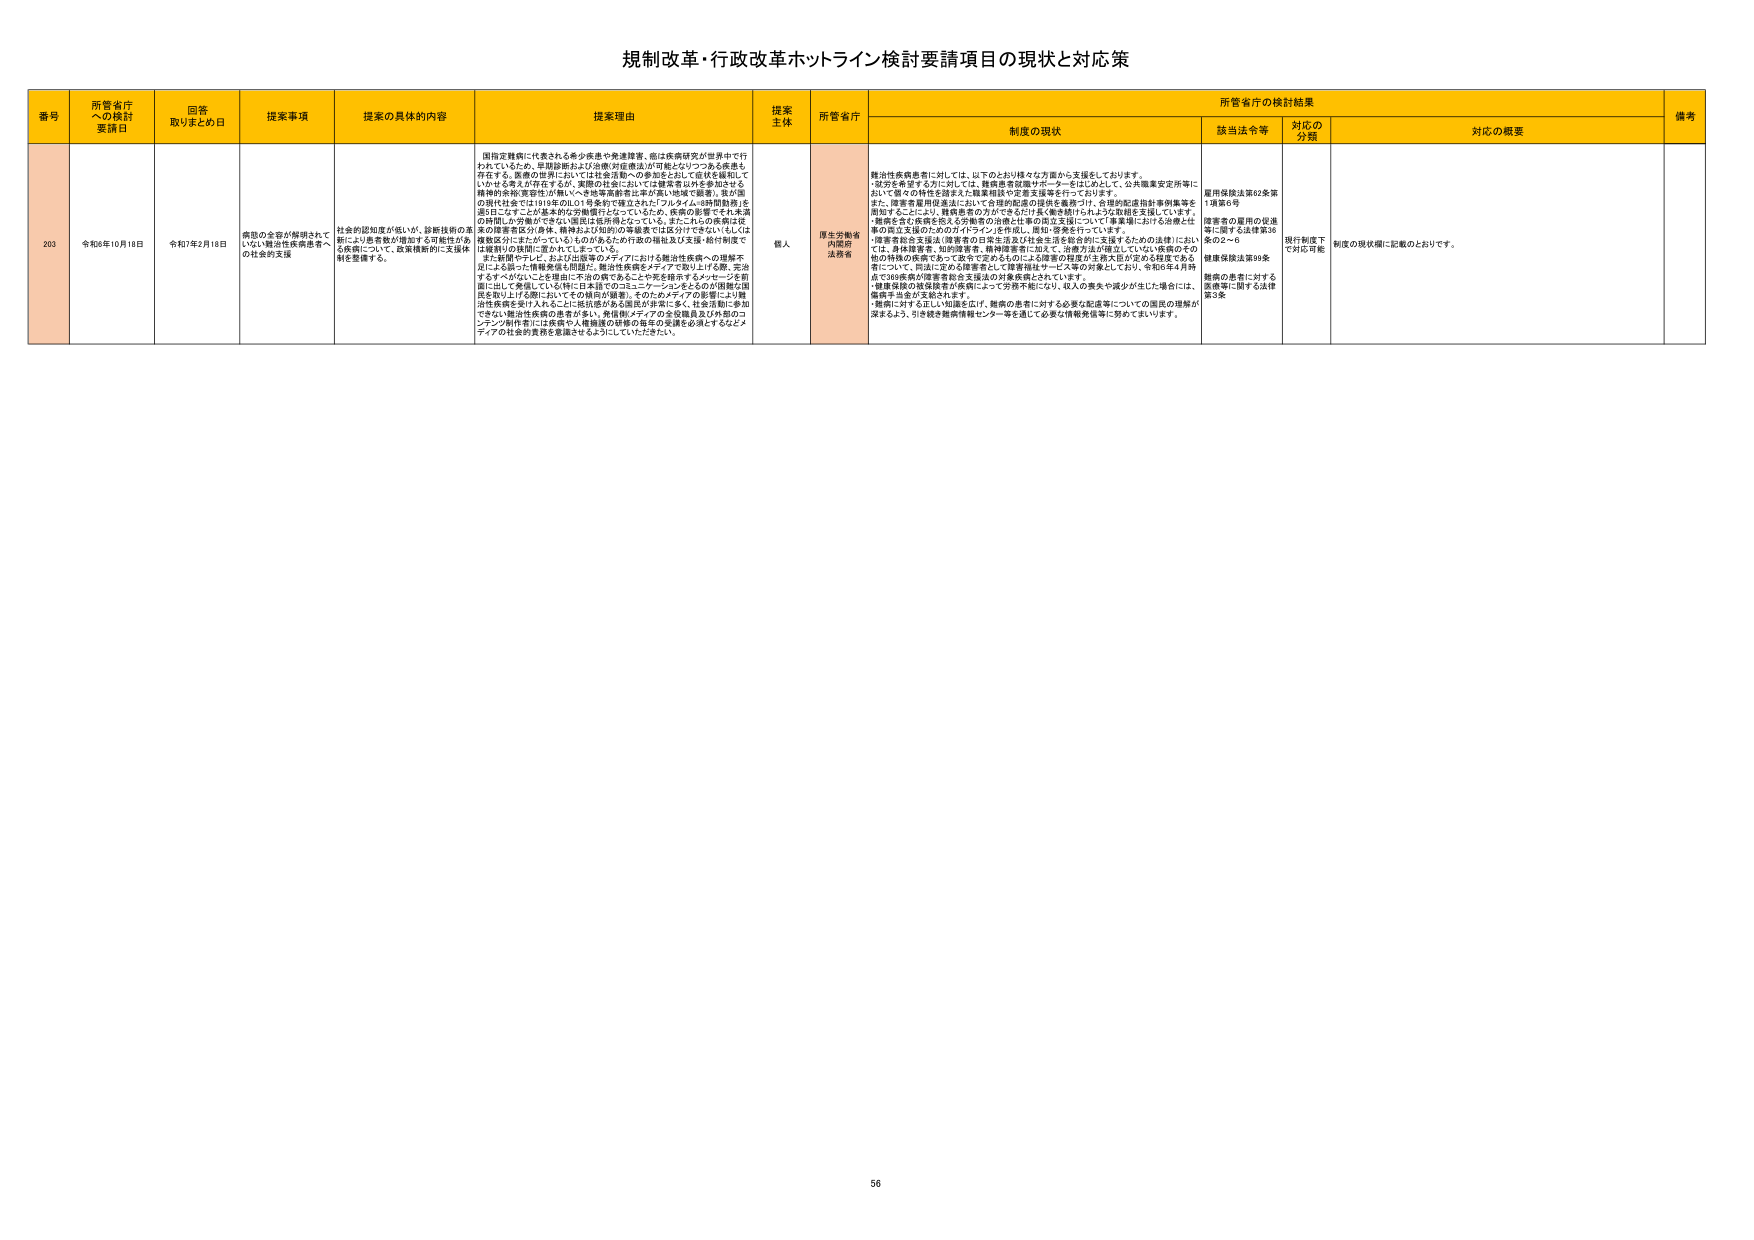
規制改革・行政改革ホットライン検討要請項目の現状と対応策

番号 所管省庁への検討要請日 回答取りまとめ日 提案事項 提案の具体的内容 提案理由 提案主体 所管省庁 所管省庁の検討結果 備考
制度の現状 該当法令等 対応の分類 対応の概要

203 令和6年10月18日 令和7年2月18日 病院の全容が解明されていない難治性疾患患者への社会的支援 社会的認知度が低いが、診断技術の革新により患者数が増加する可能性がある疾患について、医療機関等に支援体制を整備する。 国指定難病に代表される希少疾患や発達障害、癌は疾病研究が世界中で行われているため、早期診断および治療/対症療法が可能となってつつある疾患も存在する。医療の世界においては社会活動への参加をとおして症状を緩和していかなきゃ考えが存在するが、実際の社会においては健康者以外を参加させる積極的余暇/美容等が無いべきべき等の障害者に準ずる扱いが極めて厳重。我が国の現状は全ては19年(20)の19条が成立された「フルタイム時間勤務」を遠目にとってごく基本的な労働慣行となっているため、疾病の影響でそれ未満の時間しか労働ができない雇用は超稀薄となっている。またこれらの疾患は従来の障害者区分(身体、精神および知的)の等級表では区分できていない(もしくは複数区分にまたがっている)ものがあるため行政の福祉支え支援・給付制度では選択(?)の段階に落ちてしまっている。また新聞やテレビ、および出版等のメディアにおける難治性疾患への理解不足による誤った情報発信も問題で、難治性疾患をメディアで取り上げる際、完全にするずべきがなにごとを理由に不当の扱いをすることや死を暗示するメッセージを前提に話して余儀なくされ(特に日本語でのコミュニケーションをとるのが困難な国に取り上げる際においてその傾向が顕著)。そのためメディアの影響により難治性疾患を受け入れることに抵抗感がある国民が非常に多く、社会活動に参加できない難治性疾患の患者が多い。発信側/メディアの全役職員及び外部のコンテンツ制作者には疾病や人権擁護の研修の毎年の受講を必須とするなどメディアの社会的責務を意識させるようにしていただきたい。 個人 厚生労働省内閣府法務省 難治性疾患患者に対しては、以下のとおり様々な方面から支援をしております。・就労を希望する方に対しては、難病患者就職サポートをはじめとして、公共職業安定所等において個々の特性を踏まえた職業相談や定着支援等を行っております。また、障害者雇用促進法において合理的配慮の提供を義務づけ、合理的配慮指針事例集等を周知することにより、難病患者の方ができるだけ長く働き続けられるような取組を支援しています。・医療を含む疾病を抱える労働者の治療と仕事の両立支援について「事業場における治療とは事の両立支援のためのガイドライン」を作成し、周知・啓発を行っています。・障害者総合支援法(障害者の日常生活及び社会生活を総合的に支援するための法律)においては、身体障害者、知的障害者、精神障害者に加えて、治療方法が確立していない疾病のその他の特殊の疾患であって政令で定めるものによる障害の程度が主務大臣が定める程度である者について、同法に定める障害者として障害福祉サービス等の対象としており、令和6年4月時点で98疾患が障害者総合支援法の対象疾患とされています。・健康保険の被保険者が疾病によって労務不能になり、収入の喪失や減少が生じた場合には、傷病手当金が支給されます。・継続に対する正しい知識を広げ、難病の患者に対する必要な配慮等についての国民の理解が深まるよう、引き続き健康情報センター等を通じて必要な情報発信等に努めてまいります。 雇用保険法第82条第1項第6号 障害者の雇用の促進等に関する法律第36条の2～6 健康保険法第99条 難病の患者に対する医療等に関する法律第3条 現行制度下で対応可能 制度の現状欄に記載のとおりです。

56